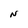
Character: N